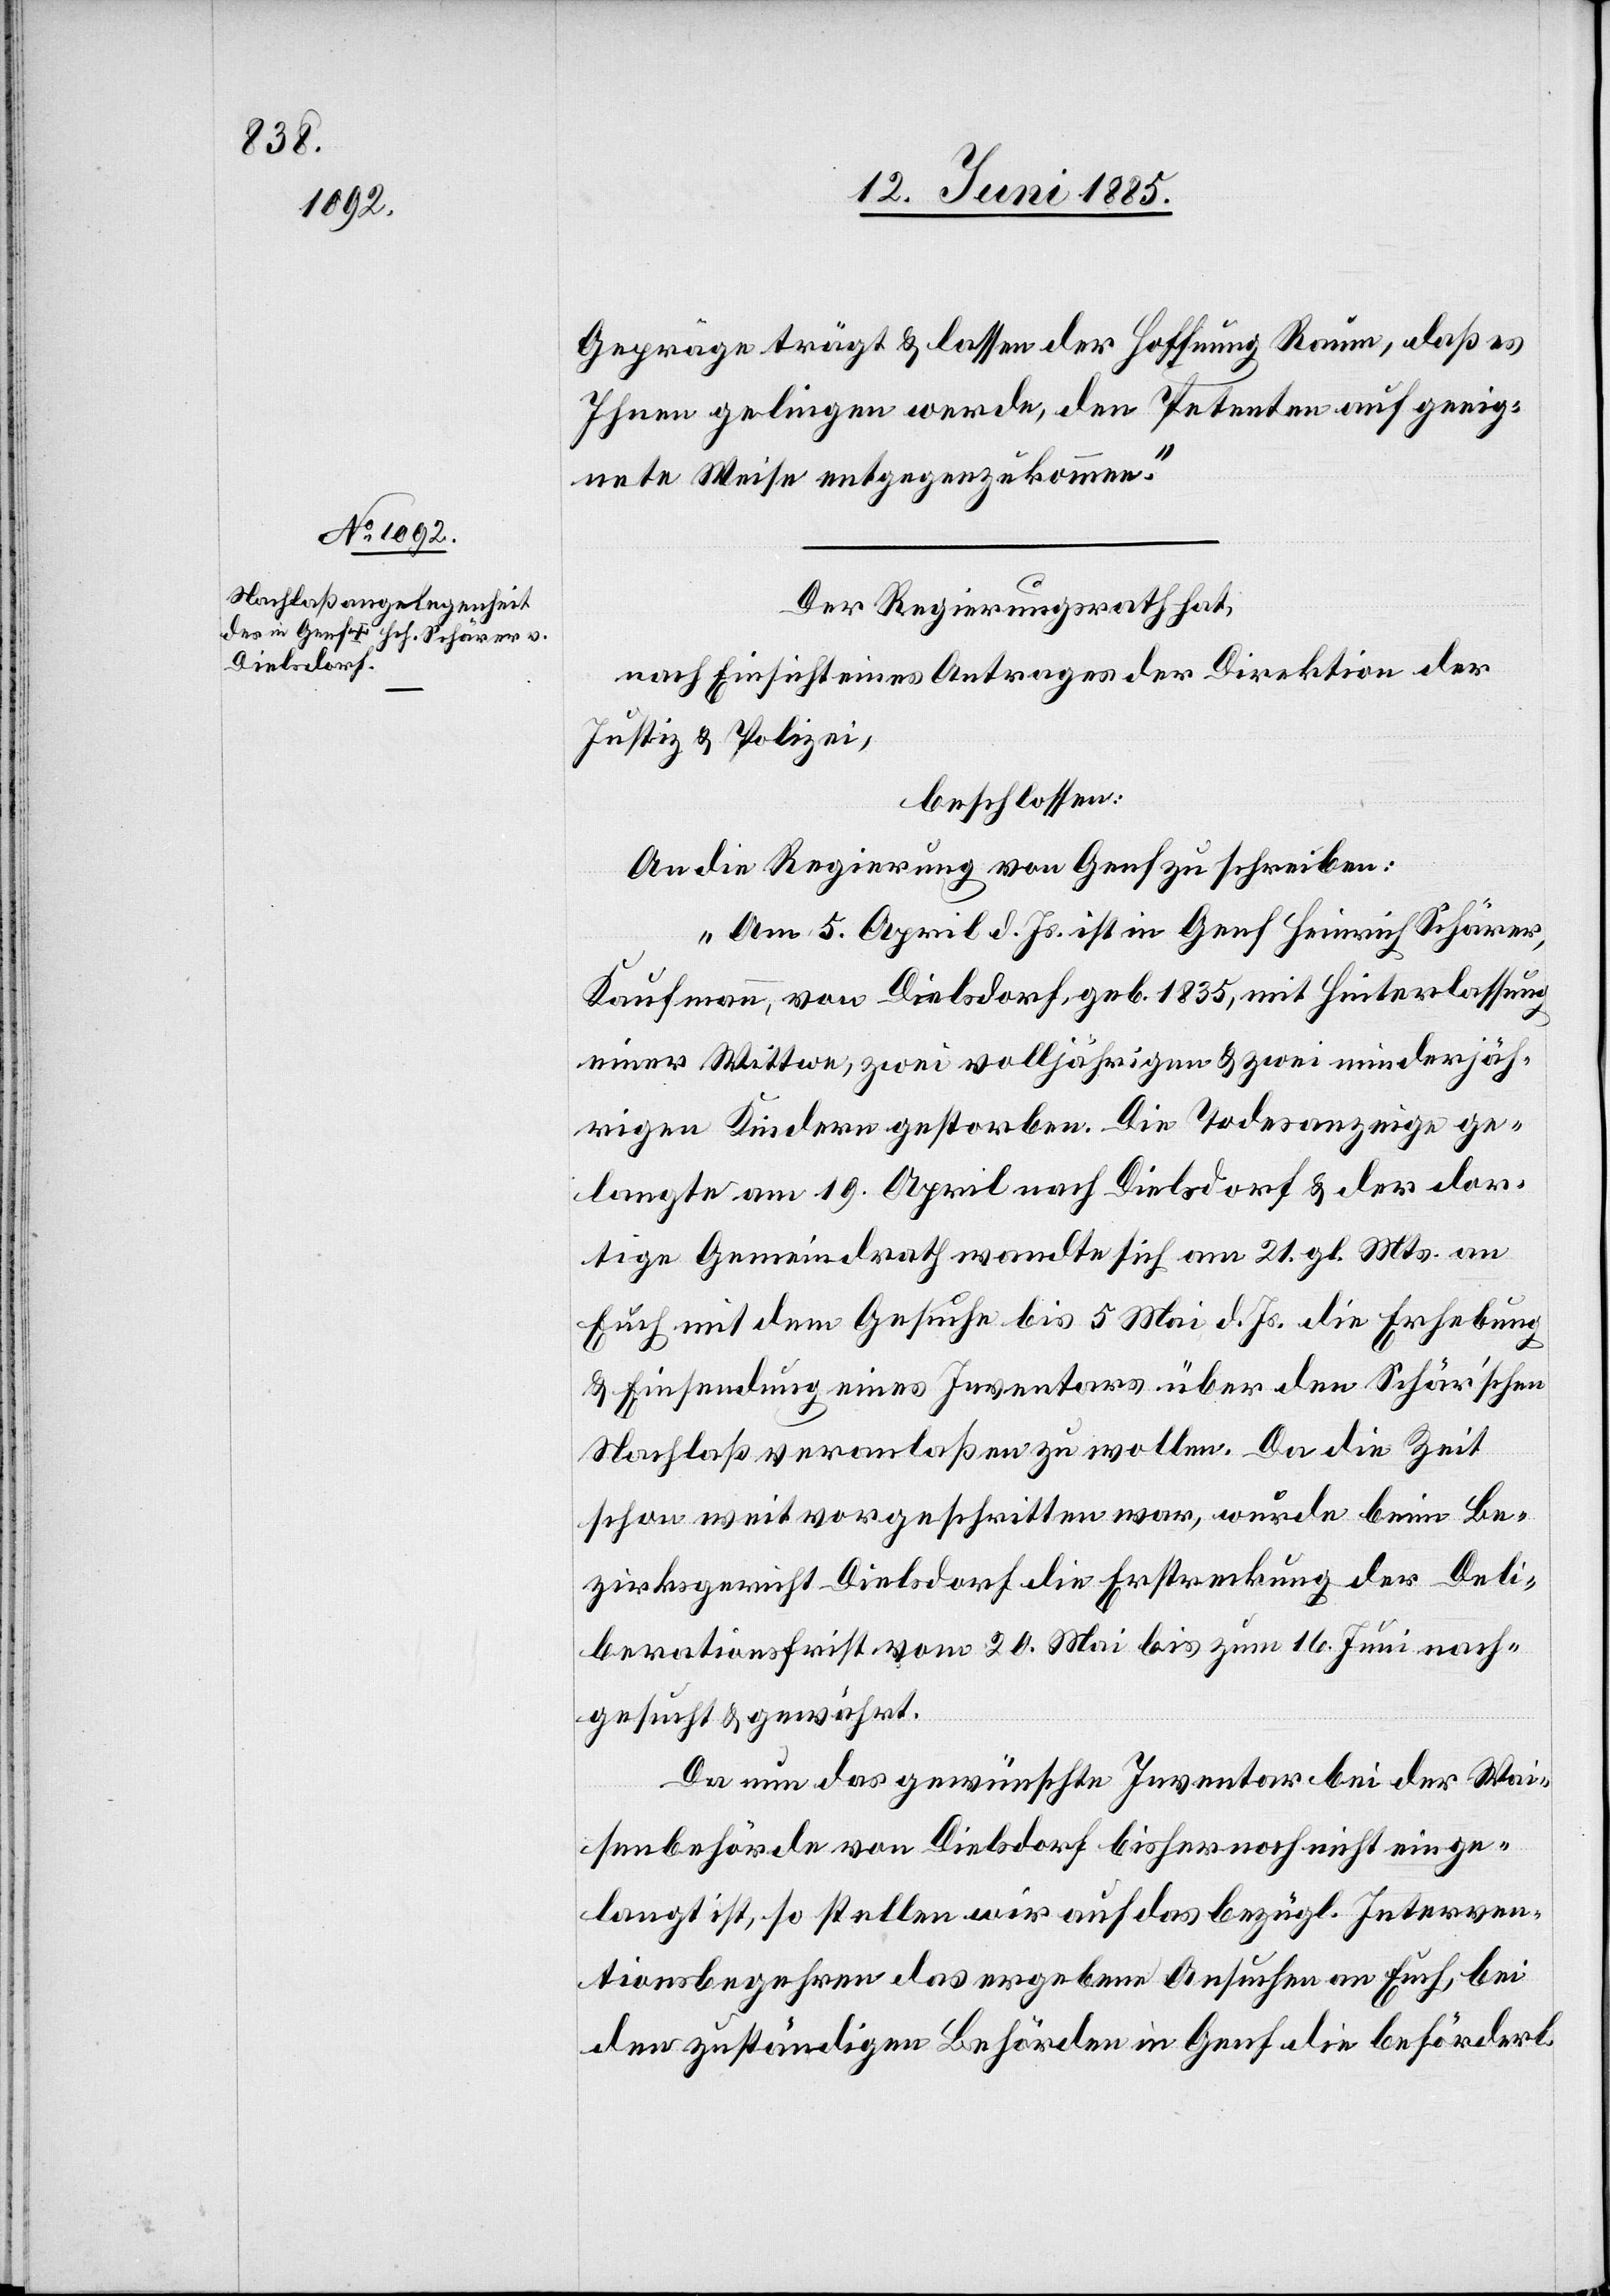
Gepräge trägt & lassen der Hoffnung Raum, daß es
Ihnen gelingen werde, den Petenten auf geeig¬
nete Weise entgegenzukommen.“
Der Regierungsrath hat,
nach Einsicht eines Antrages der Direktion der
Justiz & Polizei,
beschlossen:
An die Regierung von Genf zu schreiben:
„Am 5. April d. Js. ist in Genf Heinrich Schärer,
Kaufmann, von Dielsdorf, geb. 1835, mit Hinterlassung
einer Wittwe, zwei volljährigen & zwei minderjäh¬
rigen Kindern gestorben. Die Todesanzeige ge¬
langte am 19. April nach Dielsdorf & der dor¬
tige Gemeindrath wandte sich am 21. gl. Mts. an
Euch mit dem Gesuche bis 5. Mai d. Js. die Erhebung
& Einsendung eines Inventars über den Schärer’schen
Nachlaß veranlaßen zu wollen. Da die Zeit
schon weit vorgeschritten war, wurde beim Be¬
zirksgericht Dielsdorf die Erstreckung der Deli¬
berationsfrist vom 20. Mai bis zum 16. Juni nach¬
gesucht & gewährt.
Da nun das gewünschte Inventar bei der Wai¬
senbehörde von Dielsdorf bisher noch nicht einge¬
langt ist, so stellen wir auf das bezügl. Interven¬
tionsbegehren das ergebene Ansuchen an Euch, bei
den zuständigen Behörden in Genf die beförderl.